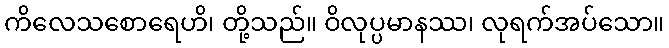
ကိလေသစောရေဟိ၊ တို့သည်။ ဝိလုပ္ပမာနဿ၊ လုရက်အပ်သော။